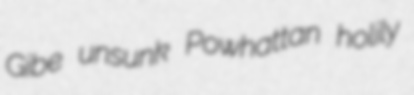
Gibe unsunk Powhattan holily